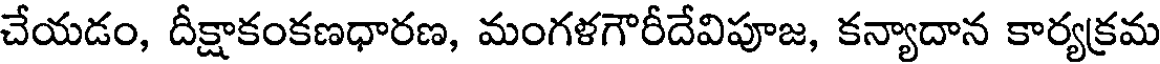
చేయడం, దీక్షాకంకణధారణ, మంగళగౌరీదేవిపూజ, కన్యాదాన కార్యక్రమ